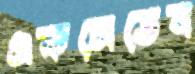
একসেডেন